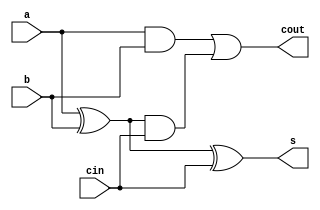
module fulladder(a,b,cin,s,cout);
	input a,b,cin;
	output s,cout;

	assign s = (a^b)^cin;
	assign cout = ((a&b) | ((a^b)&cin));
endmodule

module DD1(in,clk,out);
	input in, clk;
	output reg out;

	always@(posedge clk) begin
		out<=in;
	end
endmodule

module DD2(in,clk,out);
	input in,clk;
	output reg out;

	reg r_data;

	always@(posedge clk) begin
		r_data <= in;
		out <= r_data;
	end
endmodule

module DD3(in,clk,out);
	input in, clk;
	output reg out;
	reg [1:0]r_data;

	always@(posedge clk) begin
		r_data[0] <= in;
		r_data[1] <= r_data[0];
		out <= r_data[1];
	end
endmodule

module DD4(in,clk,out);
	input in, clk;
	output reg out;
	reg [2:0]r_data;

	always@(posedge clk) begin
		r_data[0] <= in;
		r_data[1] <= r_data[0];
		r_data[2] <= r_data[1];
		out <= r_data[2];
	end
endmodule

module Pip4RCA(a,b,cin,clk,s,cout);
	input [3:0]a,b;
	input cin;
	input clk;
	output [3:0] s;
	output cout;

	wire [2:0] c;
	wire [2:0] c2;
	wire [3:0] b2;
	wire [3:0] a2;
	wire [3:0] out;
	wire cin2;

//FA0? ??? ? ?? s0, c0
DD1 D1(a[0], clk, a2[0]);
DD1 D2(b[0], clk, b2[0]);
DD1 D3(cin, clk, cin2);
fulladder AD0(a2[0], b2[0], cin2, out[0], c[0]);
DD3 D3_1(out[0], clk, s[0]);

//FA1? ??? ? ?? s1, c1
DD1 D11(c[0], clk, c2[0]);
DD2 D21(a[1], clk, a2[1]);
DD2 D22(b[1], clk, b2[1]);
fulladder AD1(a2[1], b2[1], c2[0], out[1], c[1]);
DD2 D2_1(out[1], clk, s[1]);

//FA2? ??? ? ?? s2, c2
DD1 D12(c[1], clk, c2[1]);
DD3 D31(a[2], clk, a2[2]);
DD3 D32(b[2], clk, b2[2]);
fulladder AD2(a2[2], b2[2], c2[1], out[2], c[2]);
DD1 D1_1(out[2], clk, s[2]);

//FA3? ??? ? ?? s3, c3
DD1 D13(c[2], clk, c2[2]);
DD4 D41(a[3], clk, a2[3]);
DD4 D42(b[3], clk, b2[3]);
fulladder AD3(a2[3], b2[3], c2[2], out[3], cout);
assign s[3] = out[3];
endmodule


module DD1_16(in,clk,out);
	input [15:0] in;
	input clk;
	output reg [15:0] out;
  
	always@(posedge clk) begin
		out<=in;
end

endmodule


module DD5(in,clk,out);

	input [3:0]in;
	input clk;
	output reg [3:0] out;
	reg [3:0] r_data[0:3];

  

	always@(posedge clk) begin
		r_data[0] <= in;
		r_data[1] <= r_data[0];
		r_data[2] <= r_data[1];
		r_data[3] <= r_data[2];
		out <= r_data[3];
	end
endmodule

module DD10(in,clk,out);
	input [3:0] in;
	input clk;
	output reg [3:0] out;
	reg [3:0] r_data[0:8];

	always@(posedge clk) begin
		r_data[0] <= in;
		r_data[1] <= r_data[0];
		r_data[2] <= r_data[1];
		r_data[3] <= r_data[2];
		r_data[4] <= r_data[3];
		r_data[5] <= r_data[4];
		r_data[6] <= r_data[5];
		r_data[7] <= r_data[6];
		r_data[8] <= r_data[7];
		out <= r_data[8];
	end
endmodule

module DD15(in,clk,out);
	input [3:0] in;
	input clk;
	output reg [3:0] out;

	reg [3:0] r_data[0:13];

	always@(posedge clk) begin
		r_data[0] <= in;
		r_data[1] <= r_data[0];
		r_data[2] <= r_data[1];
		r_data[3] <= r_data[2];
		r_data[4] <= r_data[3];
		r_data[5] <= r_data[4];
		r_data[6] <= r_data[5];
		r_data[7] <= r_data[6];
		r_data[8] <= r_data[7];
		r_data[9] <= r_data[8];
		r_data[10] <= r_data[9];
		r_data[11] <= r_data[10];
		r_data[12] <= r_data[11];
		r_data[13] <= r_data[12];
		out <= r_data[13];
	end
endmodule

module Pip16RCA(a,b,cin,clk,s,cout);
	input [15:0]a,b;
	input cin;
	input clk;
	output [15:0] s;
	output cout;

	wire cin2;
	wire [15:0] a2, b2;
	wire [11:0] a22, b22;
	wire [15:0] s2;
	wire [2:0] c;
	wire [2:0] c2;

//RCA0
DD1 D111(cin,clk,cin2);
DD1_16 D112(a,clk,a2);
DD1_16 D113(b,clk,b2);
Pip4RCA RCA0(a2[3:0],b2[3:0],cin2,clk,s2[3:0],c[0]);
DD15 D114(s2[3:0],clk,s[3:0]);

//RCA1
DD1 D121(c[0],clk,c2[0]);
DD5 D122(a2[7:4],clk,a22[3:0]);
DD5 D123(b2[7:4],clk,b22[3:0]);
Pip4RCA RCA1(a22[3:0],b22[3:0],c2[0],clk,s2[7:4],c[1]);
DD10 D124(s2[7:4],clk,s[7:4]);

//RCA2
DD1 D131(c[1],clk,c2[1]);
DD10 D132(a2[11:8],clk,a22[7:4]);
DD10 D133(b2[11:8],clk,b22[7:4]);
Pip4RCA RCA2(a22[7:4],b22[7:4],c2[1],clk,s2[11:8],c[2]);
DD5 D134(s2[11:8],clk,s[11:8]);

//RCA3
DD1 D141(c[2],clk,c2[2]);
DD15 D142(a2[15:12],clk,a22[11:8]);
DD15 D143(b2[15:12],clk,b22[11:8]);
Pip4RCA RCA3(a22[11:8],b22[11:8],c2[2],clk,s2[15:12],cout);
assign s[15:12]=s2[15:12];


endmodule



`timescale 1ns/1ns

module tb_Pip16RCA();
	reg clk=0;
	reg [15:0]a,b;
	reg cin;
	wire [15:0] s;
	wire cout;

	Pip16RCA Pip16RCA0(a,b,cin,clk,s,cout);

	always #5 clk=~clk;

	initial begin
		a=16'b0110_1111_0111_0111;
		b=16'b0111_0001_0111_1000;
		cin=0;
	
		#150
		a=16'b0011_0000_0000_0000;
		b=16'b1111_0000_0000_0000;
		cin=0;
		
		#150
		a=16'b0000_1111_0111_0111;
		b=16'b0001_0110_0000_1000;
		cin=0;

		#150
		a=16'b0000_0000_0000_0001;
		b=16'b0000_0000_0000_0011;
		cin=1;
		
		#150
		a=16'b0000_0000_1101_0111;
		b=16'b0000_0000_0111_1000;
		cin=1;

	end
		

endmodule